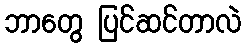
ဘာတွေ ပြင်ဆင်တာလဲ